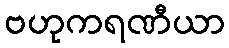
ဗဟုကရဏီယာ